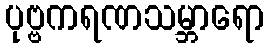
ပုဗ္ဗကရဏသမ္ဘာရော